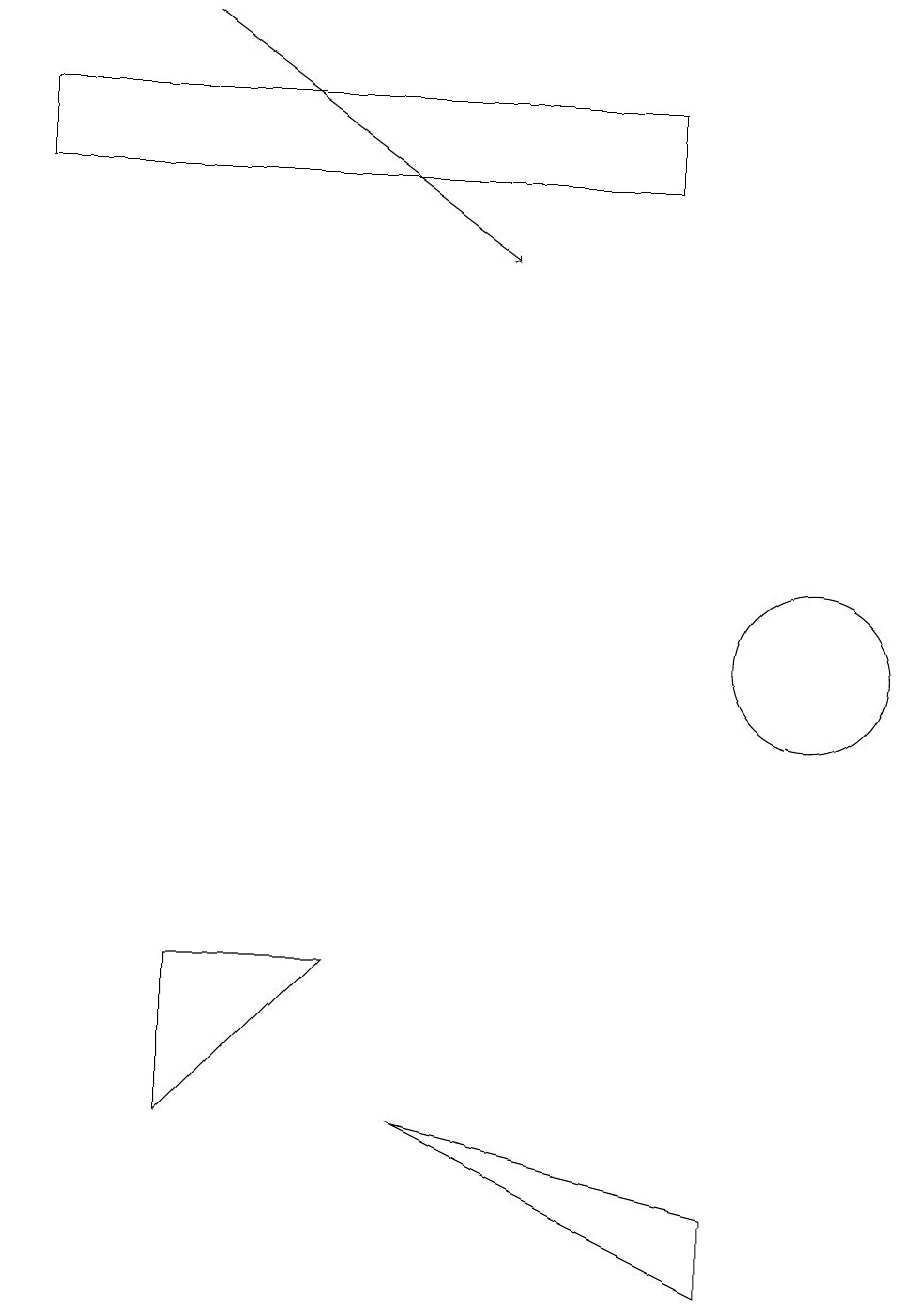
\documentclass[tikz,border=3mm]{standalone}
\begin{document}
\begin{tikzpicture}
\draw (9,4) -- (9,3) -- (5,5) -- cycle;
\draw (2,5) -- (4,7) -- (2,7) -- cycle;
\draw (0,17) rectangle (8,18);
\draw[->] (2,19) -- (6,16);
\draw (10,11) circle (1);
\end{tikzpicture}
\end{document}